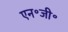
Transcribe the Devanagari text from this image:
एन॰जी॰